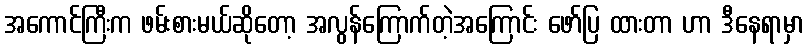
အကောင်ကြီးက ဖမ်းစားမယ်ဆိုတော့ အလွန်ကြောက်တဲ့အကြောင်း ဖော်ပြ ထားတာ ဟာ ဒီနေရာမှာ